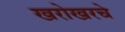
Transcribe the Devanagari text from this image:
खरोखरचे